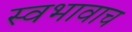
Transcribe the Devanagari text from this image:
स्वभावाच